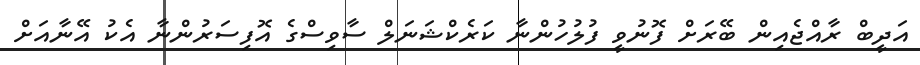
އަދީބް ރާއްޖެއިން ބޭރަށް ފޮނުވީ ފުލުހުންނާ ކަރެކްޝަނަލް ސާވިސްގެ އޮފިސަރުންނާ އެކު އޭނާއަށް